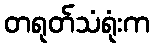
တရုတ်သံရုံးက